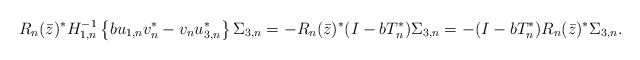
\begin{align*} R_n(\bar z)^* H_{1,n}^{-1} \left\{ b u_{1,n} v_n^* - v_n u_{3,n}^* \right\} \Sigma_{3,n} &= -R_n(\bar z)^* (I-bT_n^*) \Sigma_{3,n} = -(I-bT_n^*) R_n(\bar z)^* \Sigma_{3,n}. \end{align*}